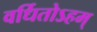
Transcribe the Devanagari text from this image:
वर्धितोऽहम्‌